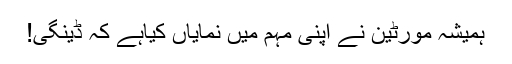
ہمیشہ مورٹین نے اپنی مہم میں نمایاں کیاہے کہ ڈینگی!